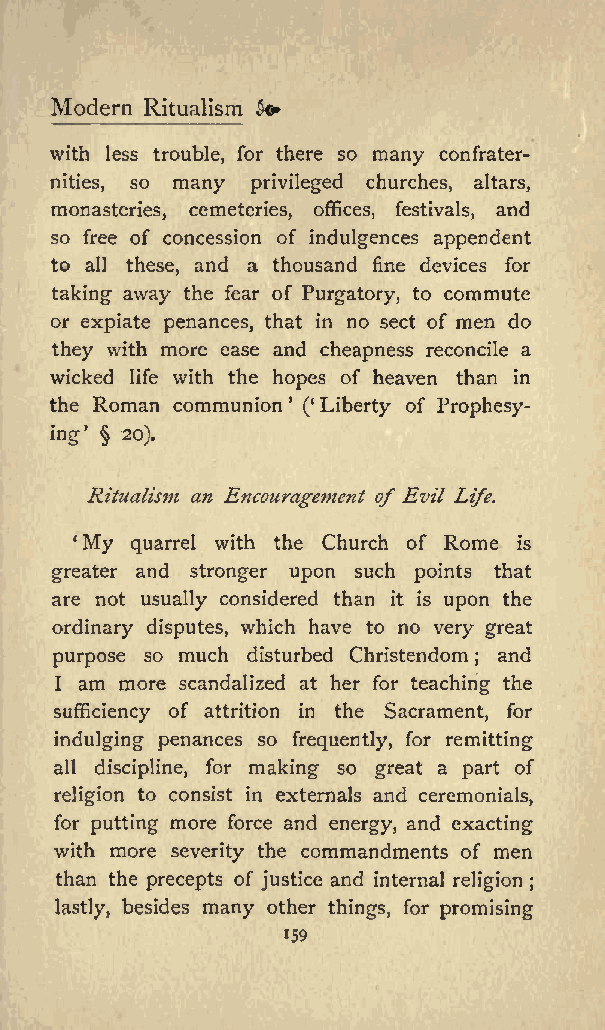
Modern Ritualism fo
 with less trouble, for there so many confrater
 nities, so many privileged churches, altars,
 monasteries, cemeteries, offices, festivals, and
 so free of concession of indulgences appendent
 to all these, and a thousand fine devices for
 taking away the fear of Purgatory, to commute
 or expiate penances, that in no sect of men do
 they with more ease and cheapness reconcile a
 wicked life with the hopes of heaven than in
 the Roman communion ( Liberty of Prophesy
 ing  20).
 Ritualism an Encouragement of Evil Life.
 1My quarrel with the Church of Rome is
 greater and stronger upon such points that
 are not usually considered than it is upon the
 ordinary disputes, which have to no very great
 purpose so much disturbed Christendom and
 ;
 I am more scandalized at her for teaching the
 sufficiency of attrition in the Sacrament, for
 indulging penances so frequently, for remitting
 all discipline, for making so great a part of
 religion to consist in externals and ceremonials,
 for putting more force and energy, and exacting
 with more severity the commandments of men
 than the precepts of justice and internal religion ;
 lastly, besides many other things, for promising